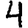
Digit: 4